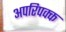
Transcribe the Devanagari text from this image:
अपरिपक्क